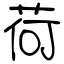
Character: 荷